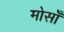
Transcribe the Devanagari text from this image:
मोसाँ